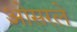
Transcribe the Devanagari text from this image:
ओसरले